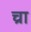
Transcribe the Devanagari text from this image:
च्रा